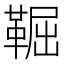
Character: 𩋎